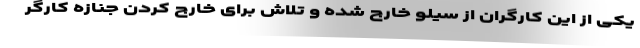
یکی از این کارگران از سیلو خارج شده و تلاش برای خارج کردن جنازه کارگر